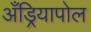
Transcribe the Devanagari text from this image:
अँड्रियापोल